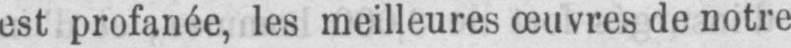
est profanée, les meilleures œuvres de notre